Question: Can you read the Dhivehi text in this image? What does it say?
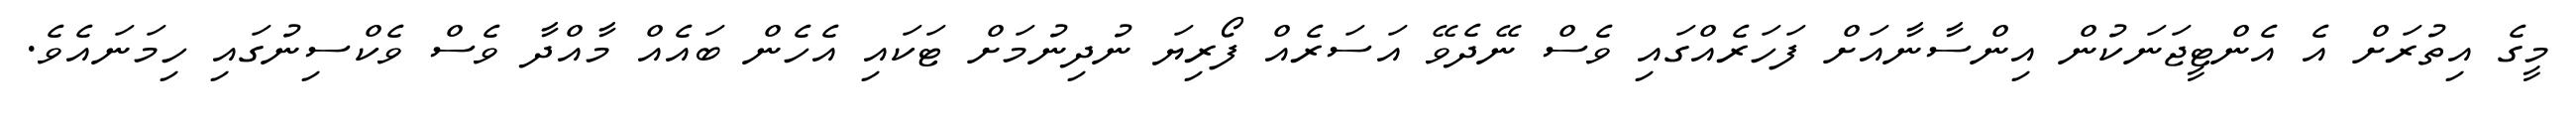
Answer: މީގެ އިތުރަށް އެ އެންޓީޖަނަކުން އިންސާނާއަށް ފަހަރެއްގައި ވެސް ނޭދެވޭ އަސަރެއް ފޯރިޔަ ނުދިނުމަށް ޓަކައި އެހެން ބައެއް މާއްދާ ވެސް ވެކްސިނުގައި ހިމަނައެވެ.